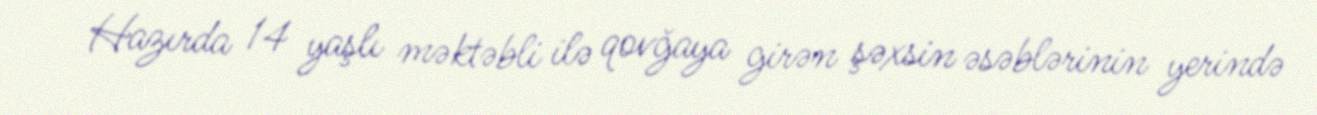
Hazırda 14 yaşlı məktəbli ilə qovğaya girən şəxsin əsəblərinin yerində